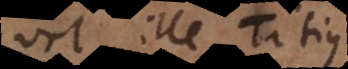
vel ille Titius.